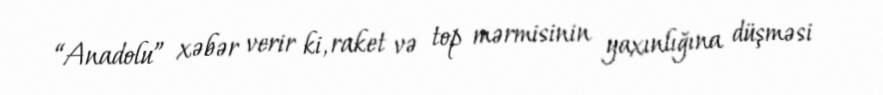
“Anadolu” xəbər verir ki, raket və top mərmisinin yaxınlığına düşməsi